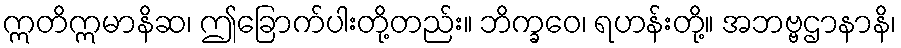
ဣတိဣမာနိဆ၊ ဤခြောက်ပါးတို့တည်း။ ဘိက္ခဝေ၊ ရဟန်းတို့။ အဘဗ္ဗဌာနာနိ၊